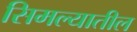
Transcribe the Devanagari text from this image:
सिमल्यातील